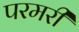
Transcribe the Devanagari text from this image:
परमरी